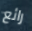
رائع